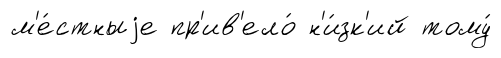
м'е́стныjе пр'ив'ело́ н'и́зк'ий тому́